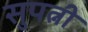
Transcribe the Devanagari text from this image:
सुपत्नी